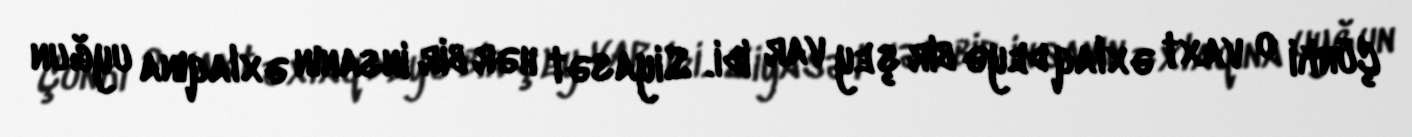
Çünki o vaxt əxlaq deyə bir şey var idi. Siyasət hər bir insanın əxlaqına uyğun